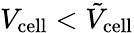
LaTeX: V_{\mathrm{cell}}<\tilde{V}_{\mathrm{cell}}